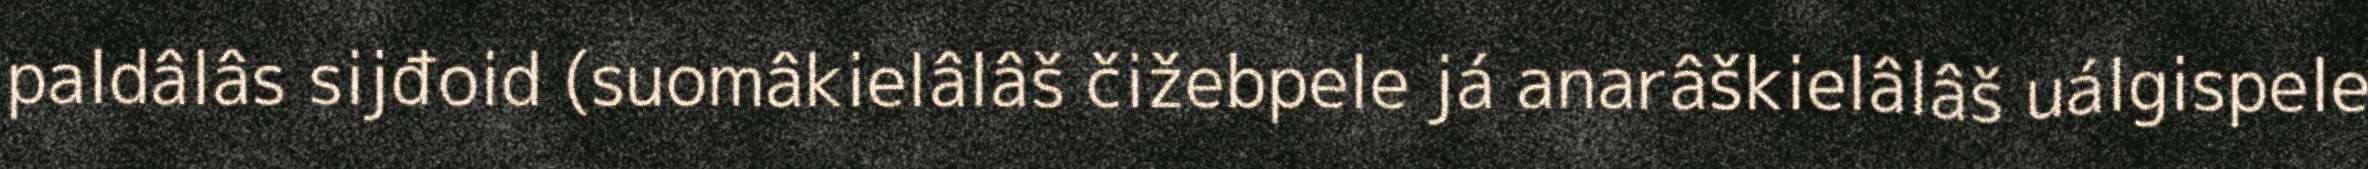
paldâlâs sijđoid (suomâkielâlâš čižebpele já anarâškielâlâš uálgispele